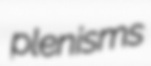
plenisms